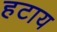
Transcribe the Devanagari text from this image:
हटाय